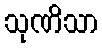
သုဏိသာ